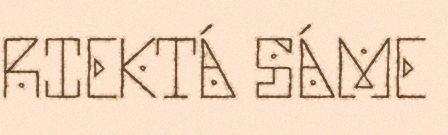
RIEKTÁ SÁME